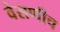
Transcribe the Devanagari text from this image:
वेसणीच